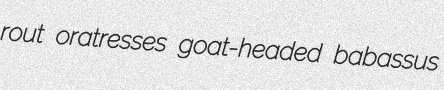
rout oratresses goat-headed babassus